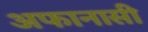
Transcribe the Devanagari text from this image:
अफानासी